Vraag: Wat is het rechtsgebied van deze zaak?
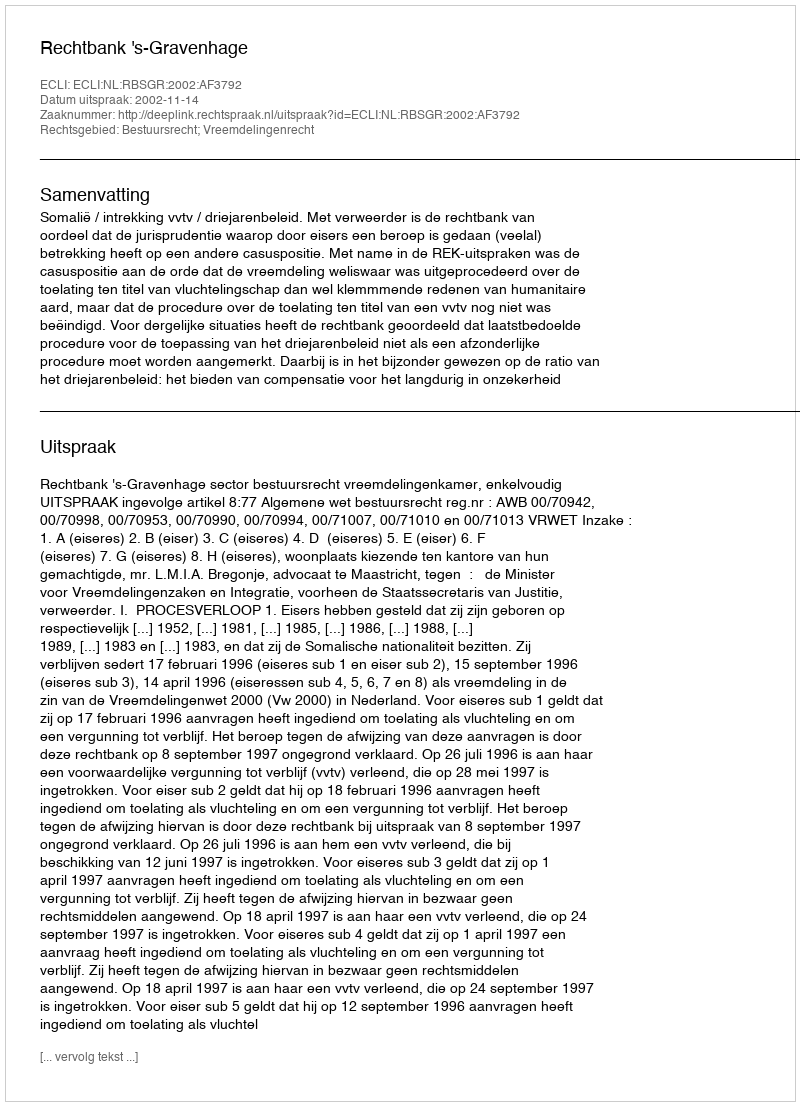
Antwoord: Bestuursrecht; Vreemdelingenrecht